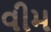
વીમ